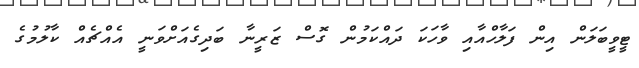
ޓީވީބަލަން އިން ފަލާހްއާއި ވާހަކަ ދައްކަމުން ގޮސް ޒަރީނާ ބަދިގެއަށްވަނީ އެއްޗެއް ކާލުމުގެ